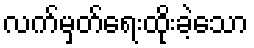
လက်မှတ်ရေးထိုးခဲ့သော